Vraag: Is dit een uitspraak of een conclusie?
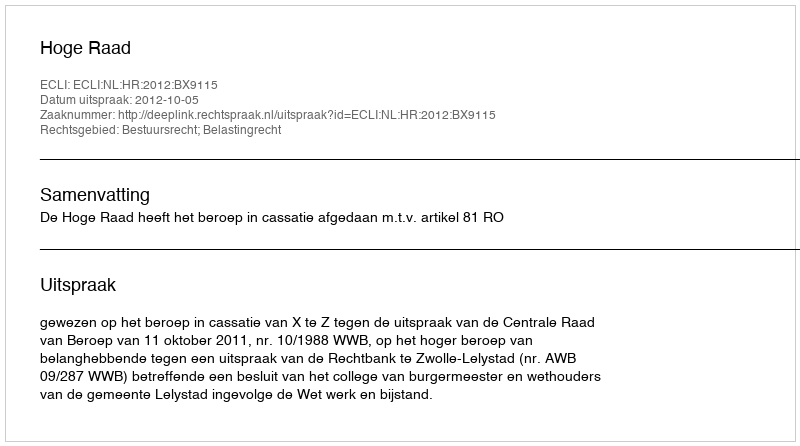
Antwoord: Uitspraak